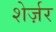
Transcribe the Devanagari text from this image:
शेर्ज़र